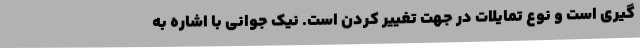
گیری است و نوع تمایلات در جهت تغییر کردن است. نیک جوانی با اشاره به